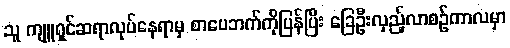
သူ ကျူရှင်ဆရာလုပ်နေရာမှ စာပေဘက်ကိုပြန်ပြီး ခြေဦးလှည့်လာစဉ်ကာလမှာ